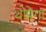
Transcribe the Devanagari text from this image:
थोपेगा